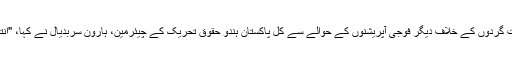
ملک میں جاری آپریشن ضربِ عضب، جو کہ جون 2014 میں شروع ہوا تھا، اور دہشت گردوں کے خلاف دیگر فوجی آپریشنوں کے حوالے سے کل پاکستان ہندو حقوق تحریک کے چیئرمین، ہارون سربدیال نے کہا، "انتہاپسندی کے خلاف کامیاب آپریشنوں کے بعد امن و امان کی صورتحال میں بہتری نے ۔